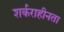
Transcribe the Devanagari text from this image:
शर्कराहीनता